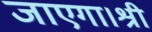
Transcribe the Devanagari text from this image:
जाएगा।श्री